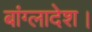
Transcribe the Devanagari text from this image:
बांग्लादेश।